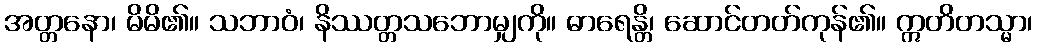
အတ္တနော၊ မိမိ၏။ သဘာဝံ၊ နိဿတ္တသဘောမျှကို။ ဓာရေန္တိ၊ ဆောင်တတ်ကုန်၏။ ဣတိတသ္မာ၊